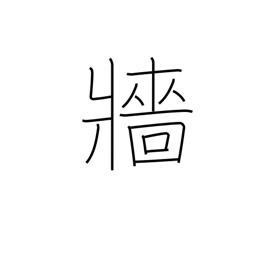
Meaning: hedge